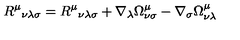
R ^ { \mu } { } _ { \nu \lambda \sigma } = R ^ { \mu } { } _ { \nu \lambda \sigma } + \nabla _ { \lambda } \Omega _ { \nu \sigma } ^ { \mu } - \nabla _ { \sigma } \Omega _ { \nu \lambda } ^ { \mu }